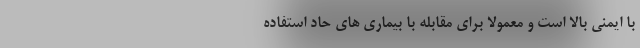
با ایمنی بالا است و معمولاً برای مقابله با بیماری های حاد استفاده